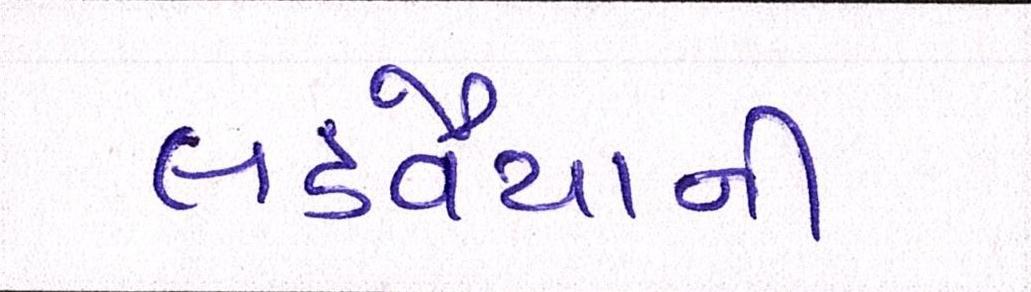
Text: લડવૈયાની